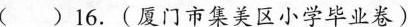
( ) 16.(厦门市集美区小学毕业卷)